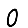
Digit: 0